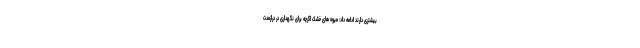
بیشتری دارند ادامه داد: میوه های خشک اگرچه برای نگهداری در درازمدت